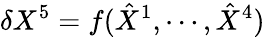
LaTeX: \delta{X}^{5}=f(\hat{X}^{1},\cdots,\hat{X}^{4})